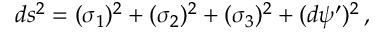
d s ^ { 2 } = ( \sigma _ { 1 } ) ^ { 2 } + ( \sigma _ { 2 } ) ^ { 2 } + ( \sigma _ { 3 } ) ^ { 2 } + ( d \psi ^ { \prime } ) ^ { 2 } \, ,